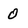
Character: o